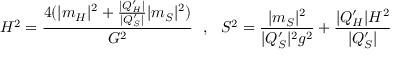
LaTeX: H ^ { 2 } = { \frac { 4 ( | m _ { H } | ^ { 2 } + { \frac { | Q _ { H } ^ { \prime } | } { | Q _ { S } ^ { \prime } | } } | m _ { S } | ^ { 2 } ) } { G ^ { 2 } } } \ \ , \ \ S ^ { 2 } = { \frac { | m _ { S } | ^ { 2 } } { | Q _ { S } ^ { \prime } | ^ { 2 } g ^ { 2 } } } + { \frac { | Q _ { H } ^ { \prime } | H ^ { 2 } } { | Q _ { S } ^ { \prime } | } }